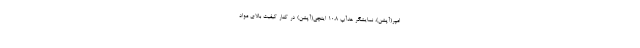
امپر(آپشن)، نمایشگر هدآپ 10.8 اینچی(آپشن) در کنار کیفیت بالای مواد